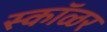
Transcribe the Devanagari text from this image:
स्कॉळर